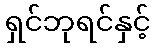
ရှင်ဘုရင်နှင့်